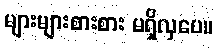
များများစားစား မရှိလှပေ။